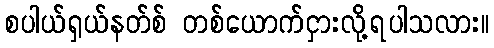
စပါယ်ရှယ်နတ်စ် တစ်ယောက်ငှားလို့ရပါသလား။